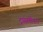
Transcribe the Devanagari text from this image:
ट्रांसपोंडर।